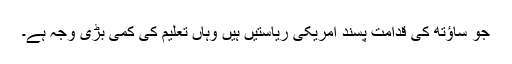
جو ساؤتھ کی قدامت پسند امریکی ریاستیں‌ ہیں وہاں تعلیم کی کمی بڑی وجہ ہے۔